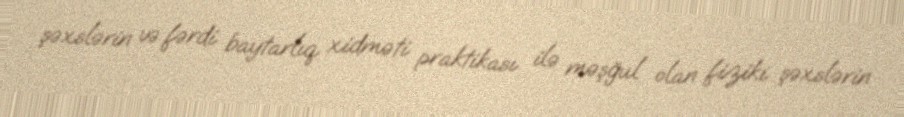
şəxslərin və fərdi baytarlıq xidməti praktikası ilə məşğul olan fiziki şəxslərin